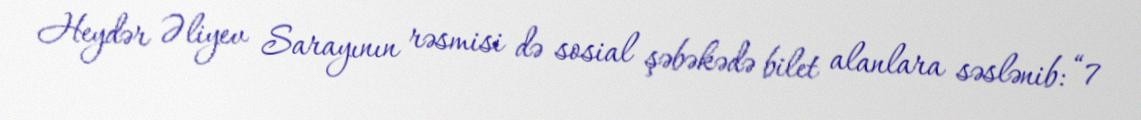
Heydər Əliyev Sarayının rəsmisi də sosial şəbəkədə bilet alanlara səslənib: “7